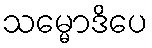
သမ္မောဒိပေ